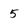
Character: 5